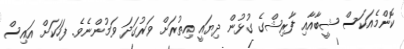
ކޮންމެއަކަސް ޝީބާއާއި ފާރިޝްގެ ގުޅުން ދިޔައީ އިތުރަށް ވަރުގަދަ ވަމުންނެވެ. ފަހަކަށް އައިސް